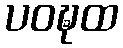
ပဝဍ္ဎထ